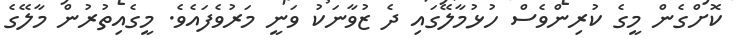
ކޮށްގެން މީގެ ކުރިންވެސް ހުޅުމާލޭގައި ދެ ޒުވާނަކު ވަނީ މަރުވެފައެވެ. މީގެއިތުރުން މާލޭގެ